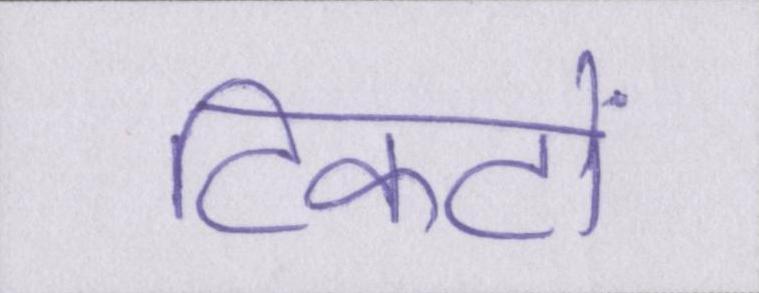
टिकटों